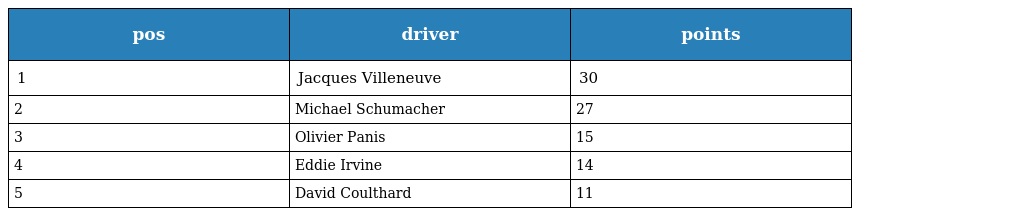
| pos | driver | points |
 | --- | --- | --- |
 | 1 | Jacques Villeneuve | 30 |
 | 2 | Michael Schumacher | 27 |
 | 3 | Olivier Panis | 15 |
 | 4 | Eddie Irvine | 14 |
 | 5 | David Coulthard | 11 |